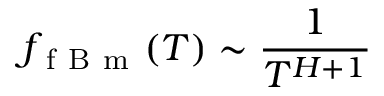
f _ { \mathrm { ~ f ~ B ~ m ~ } } ( T ) \sim \frac { 1 } { T ^ { H + 1 } }